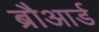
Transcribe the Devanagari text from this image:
ब्रौआर्ड